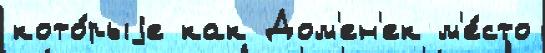
кото́рыjе как Дом'ен'ек м'е́сто